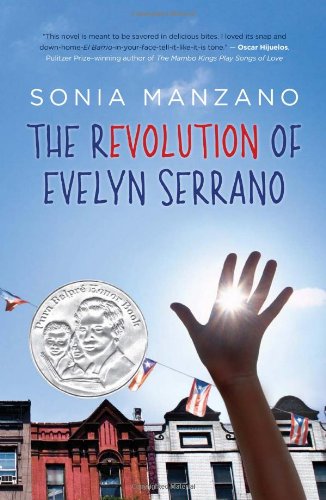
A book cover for The Revolution of Evelyn Serrano; Sonia Manzano; Teen & Young Adult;